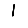
Digit: 1